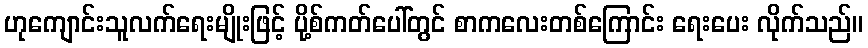
ဟုကျောင်းသူလက်ရေးမျိုးဖြင့် ပို့စ်ကတ်ပေါ်တွင် စာကလေးတစ်ကြောင်း ရေးပေး လိုက်သည်။